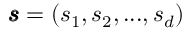
\pmb { \mathscr { s } } = ( \mathscr { s } _ { 1 } , \mathscr { s } _ { 2 } , . . . , \mathscr { s } _ { d } )